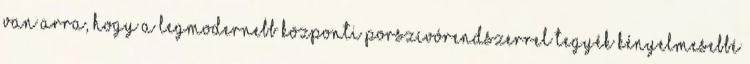
van arra, hogy a legmodernebb központi porszívórendszerrel tegyék kényelmesebbé